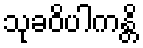
သုခဝိပါကန္တိ